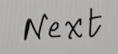
Next